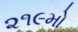
૨૧૯મો